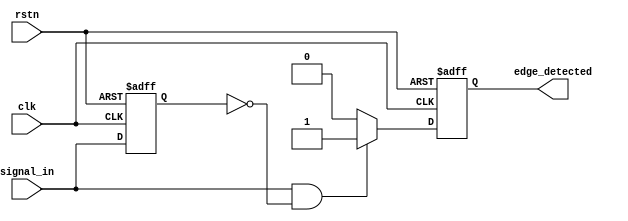
module rising_edge_detector (
    input wire clk,                // Clock input
    input wire rstn,               // Active-low reset input
    input wire signal_in,          // Input signal to detect rising edge
    output reg edge_detected       // Output pulse indicating rising edge
);

// Internal register to hold the previous state of the input signal
reg signal_in_prev;

// Sequential logic to store the previous state on each clock cycle
always @(posedge clk or negedge rstn) begin
    if (!rstn) begin
        signal_in_prev <= 1'b0;    // Reset previous state to 0
    end else begin
        signal_in_prev <= signal_in; // Capture the current state
    end
end

// Combinational logic to detect rising edge and generate pulse
always @(posedge clk or negedge rstn) begin
    if (!rstn) begin
        edge_detected <= 1'b0;      // Reset output pulse to 0
    end else begin
        // Generate pulse on rising edge detection
        if (signal_in && !signal_in_prev) begin
            edge_detected <= 1'b1;   // Rising edge detected, set pulse high
        end else begin
            edge_detected <= 1'b0;   // Reset pulse after detection
        end
    end
end

endmodule